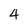
Character: 4